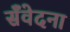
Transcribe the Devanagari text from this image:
सँवेदना